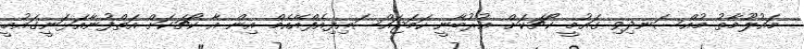
މައުލޫމާތު މުއްސަނދިވި ގައުމީ ކޯޗަކަށް އުރުބާނީ ހަމަޖައްސައިފިއެފްއޭއެމް އިން އާ ކޯޗަކަށް އަތްފުނާއަޅަނީގައުމީ